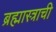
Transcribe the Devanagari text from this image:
ब्रह्मास्त्राची